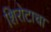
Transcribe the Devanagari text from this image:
शिरोटाचा